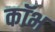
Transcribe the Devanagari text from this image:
कॉभ